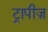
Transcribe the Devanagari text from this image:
ट्रापीज़